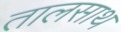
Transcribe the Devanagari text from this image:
तालसाथ